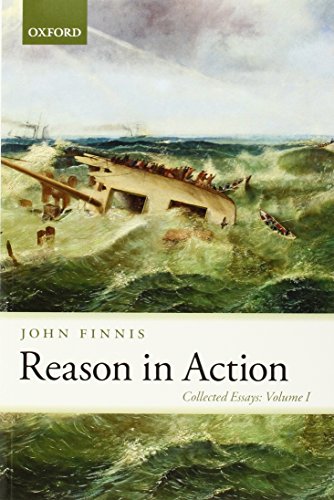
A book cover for The Collected Essays of John Finnis: Volumes I-V; John Finnis; Law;